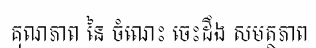
គុណភាព នៃ ចំណេះ ចេះដឹង សមត្ថភាព